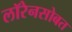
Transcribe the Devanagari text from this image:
लॉरेनसोबत